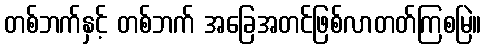
တစ်ဘက်နှင့် တစ်ဘက် အခြေအတင်ဖြစ်လာတတ်ကြစမြဲ။